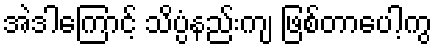
အဲဒါကြောင့် သိပ္ပံနည်းကျ ဖြစ်တာပေါ့ကွ